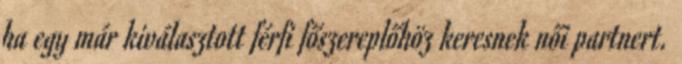
ha egy már kiválasztott férfi főszereplőhöz keresnek női partnert.